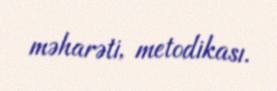
məharəti, metodikası.